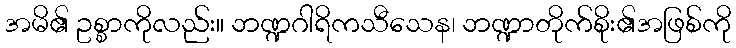
အမိ၏ ဥစ္စာကိုလည်း။ ဘဏ္ဍဂါရိကသီသေန၊ ဘဏ္ဍာတိုက်စိုး၏အဖြစ်ကို